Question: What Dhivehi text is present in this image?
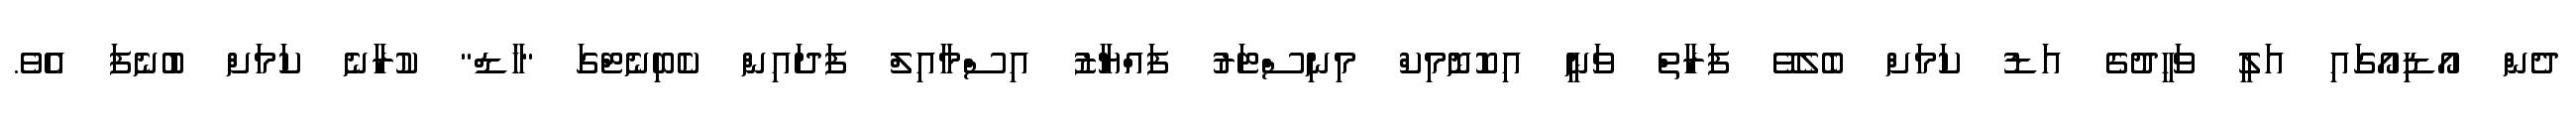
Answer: ދެން އޯޑިއޯގައި އަލީ ވަހީދުގެ އަޑު ކަމަށް ބެލެވޭ ފަރާތް ވަނީ އިކޮނޮމިކް މިނިސްޓަރު ފައްޔާޒު އިސްމާއިލް ފަދައިން ކެބިނެޓްގަ "ހާޑް" ކުރާނެ ކަމަށް ބުނެފަ އެވެ.